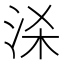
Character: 𭰒